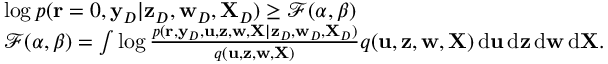
\begin{array} { r l } & { \log p ( { \mathbf r } = \b 0 , { \mathbf y } _ { D } | { \mathbf z } _ { D } , { \mathbf w } _ { D } , { \mathbf X } _ { D } ) \geq { \mathcal { F } } ( \alpha , \beta ) } \\ & { { \mathcal { F } } ( \alpha , \beta ) = \int \log \frac { p ( { \mathbf r } , { \mathbf y } _ { D } , { \mathbf u } , { \mathbf z } , { \mathbf w } , { \mathbf X } | { \mathbf z } _ { D } , { \mathbf w } _ { D } , { \mathbf X } _ { D } ) } { q ( { \mathbf u } , { \mathbf z } , { \mathbf w } , { \mathbf X } ) } q ( { \mathbf u } , { \mathbf z } , { \mathbf w } , { \mathbf X } ) \, { \mathrm d } { \mathbf u } \, { \mathrm d } { \mathbf z } \, { \mathrm d } { \mathbf w } \, { \mathrm d } { \mathbf X } . } \end{array}